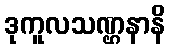
ဒုကူလသဏ္ဌနာနိ